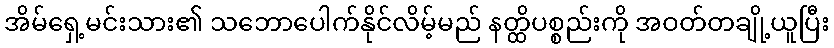
အိမ်ရှေ့မင်းသား၏ သဘောပေါက်နိုင်လိမ့်မည် နတ္ထိပစ္စည်းကို အဝတ်တချို့ယူပြီး